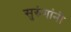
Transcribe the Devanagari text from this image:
सुरुंगांनी